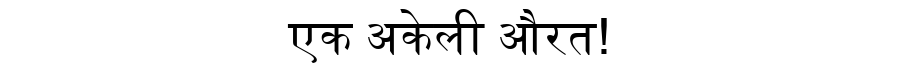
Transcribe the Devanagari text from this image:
एक अकेली औरत!